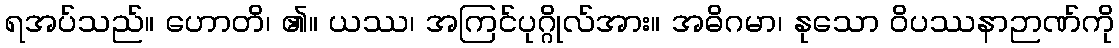
ရအပ်သည်။ ဟောတိ၊ ၏။ ယဿ၊ အကြင်ပုဂ္ဂိုလ်အား။ အဓိဂမာ၊ နုသော ဝိပဿနာဉာဏ်ကို